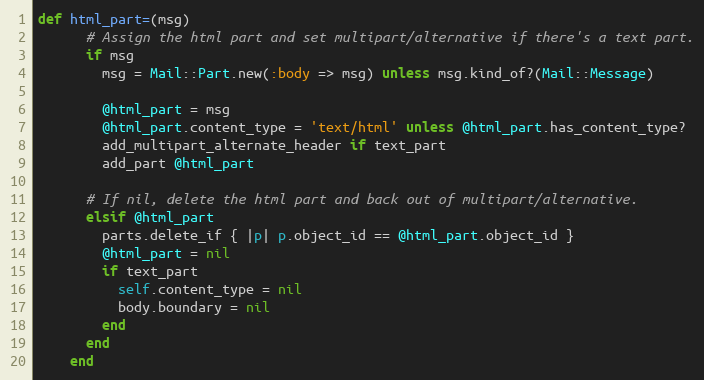
Language: Ruby
def html_part=(msg)
      # Assign the html part and set multipart/alternative if there's a text part.
      if msg
        msg = Mail::Part.new(:body => msg) unless msg.kind_of?(Mail::Message)

        @html_part = msg
        @html_part.content_type = 'text/html' unless @html_part.has_content_type?
        add_multipart_alternate_header if text_part
        add_part @html_part

      # If nil, delete the html part and back out of multipart/alternative.
      elsif @html_part
        parts.delete_if { |p| p.object_id == @html_part.object_id }
        @html_part = nil
        if text_part
          self.content_type = nil
          body.boundary = nil
        end
      end
    end